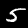
Label: 5